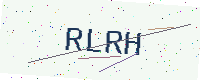
Text: RLRH